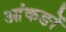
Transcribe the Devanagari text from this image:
आंकङों